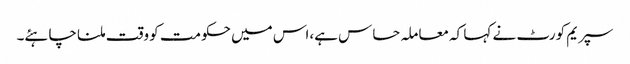
سپریم کورٹ نے کہا کہ معاملہ حساس ہے،اس میں حکومت کو وقت ملنا چاہئے۔